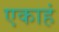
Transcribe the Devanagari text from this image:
एकाहं